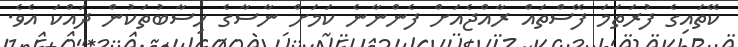
ކޭތައިގެ ފުރަތަމަ ފޭސްތައް ރާއްޖެއަށް ފެންނާނެ ކަމަށް ނާސާގެ ހިސާބުތަކުން ދައްކަ އެވެ.